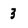
Character: 3